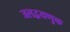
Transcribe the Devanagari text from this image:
जलद्वयणुक